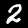
Label: 2